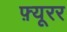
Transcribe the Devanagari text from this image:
फ़्यूरर